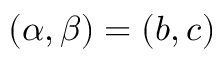
( \alpha , \beta ) = ( b , c )